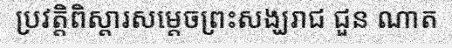
ប្រវត្តិពិស្តារសម្តេចព្រះសង្ឃរាជ ជួន ណាត